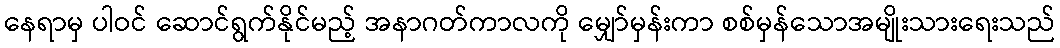
နေရာမှ ပါဝင် ဆောင်ရွက်နိုင်မည့် အနာဂတ်ကာလကို မျှော်မှန်းကာ စစ်မှန်သောအမျိုးသားရေးသည်